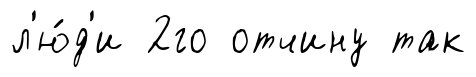
л'ю́д'и 2го отчину так